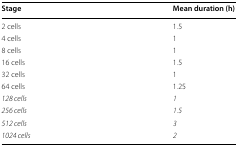
| Stage | Mean duration (h) |
 | --- | --- |
 | 2 cells | 1.5 |
 | 4 cells | 1 |
 | 8 cells | 1 |
 | 16 cells | 1.5 |
 | 32 cells | 1 |
 | 64 cells | 1.25 |
 | 128 cells | 1 |
 | 256 cells | 1.5 |
 | 512 cells | 3 |
 | 1024 cells | 2 |